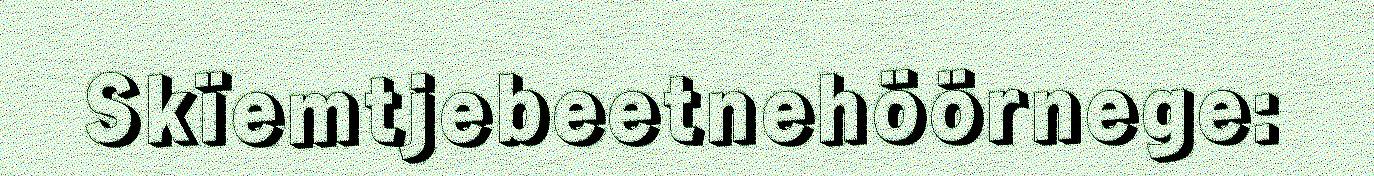
Skïemtjebeetnehöörnege: